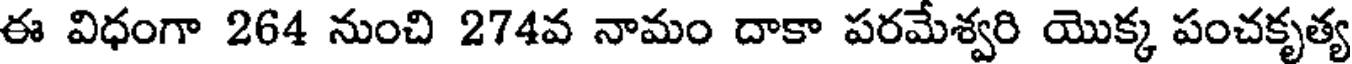
ఈ విధంగా 264 నుంచి 274వ నామం దాకా పరమేశ్వరి యొక్క పంచకృత్య